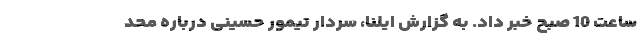
ساعت 10 صبح خبر داد. به گزارش ایلنا، سردار تیمور حسینی درباره محد